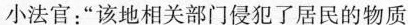
小法官：”该地相关部门侵犯了居民的物质